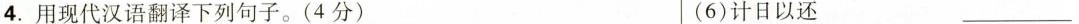
4.用现代汉语翻译下列句子。(4分) (6)计日以还 ___